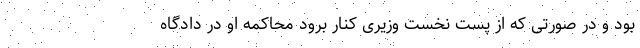
بود و در صورتی که از پست نخست وزیری کنار برود محاکمه او در دادگاه